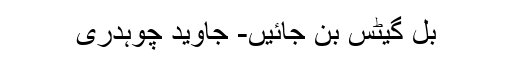
بل گیٹس بن جائیں- جاوید چوہدری